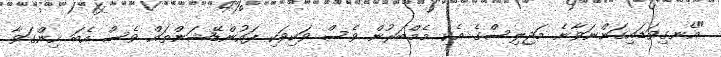
"އެނގިވަޑައިގަންނަވާނެ މަޖިލިސްގެ އެކި މެމްބަރުން ވެސް ވަކިވަކި ފައުންޑޭޝަންތައް ވެސް އެބަ ހިންގަވާ.